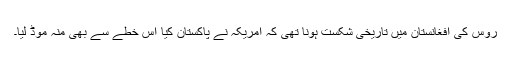
روس کی افغانستان میں تاریخی شکست ہونا تھی کہ امریکہ نے پاکستان کیا اس خطے سے بھی منہ موڈ لیا۔